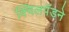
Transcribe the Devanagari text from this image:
क्विलपॅडने